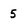
Character: 5